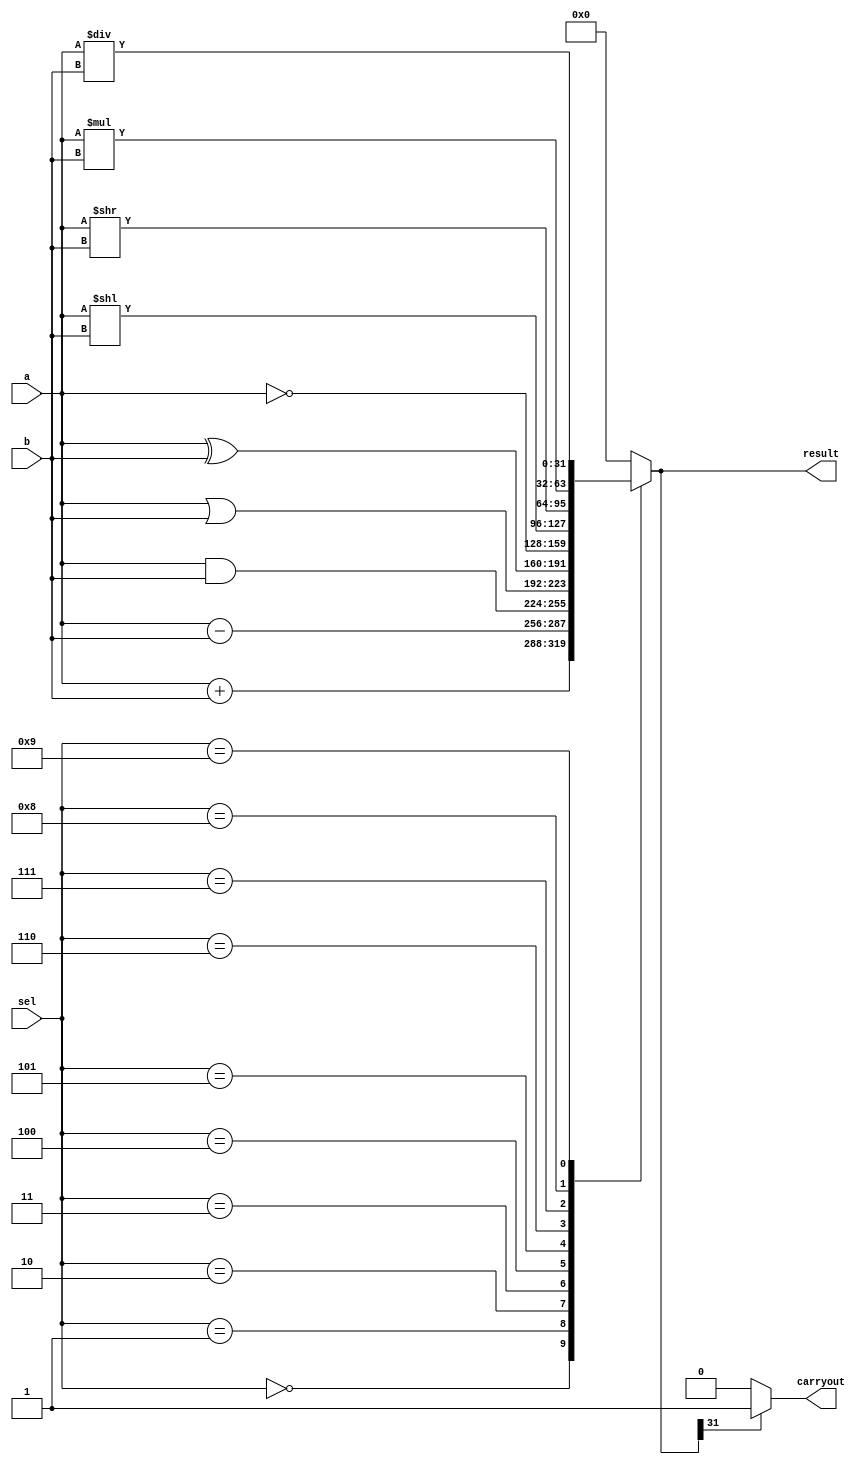
module alu (
  input [31:0] a, b,
  input [3:0] sel,
  output reg [31:0] result,
  output reg carryout
);

always @(*) begin
  case (sel)
    0: result = a + b; // Addition
    1: result = a - b; // Subtraction
    2: result = a & b; // AND
    3: result = a | b; // OR
    4: result = a ^ b; // XOR
    5: result = ~a; // NOT
    6: result = a << b; // Left shift
    7: result = a >> b; // Right shift
    8: result = a * b; // Multiplication
    9: result = a / b; // Division
    default: result = 0; // Invalid operation
  endcase
end

always @(*) begin
  if (result[31]) begin
    carryout = 1;
  end else begin
    carryout = 0;
  end
end

endmodule

module alu_tb;

reg [31:0] a, b;
reg [3:0] sel;
wire [31:0] result;
wire carryout;

alu dut (a, b, sel, result, carryout);

initial begin
end

always #10 begin
  a = 32;
  b = 32;
  sel = 0;
  #10;
end

endmodule